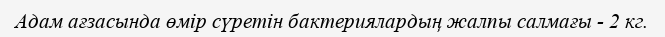
Адам ағзасында өмір сүретін бактериялардың жалпы салмағы - 2 кг.